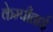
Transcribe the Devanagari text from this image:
केम्पीताई